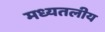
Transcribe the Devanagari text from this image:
मध्यतलीय